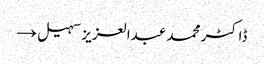
ڈاکٹر محمد عبدالعزیز سہیل →